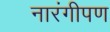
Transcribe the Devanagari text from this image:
नारंगीपण